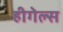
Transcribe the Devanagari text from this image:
हीगेल्स